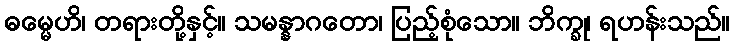
ဓမ္မေဟိ၊ တရားတို့နှင့်။ သမန္နာဂတော၊ ပြည့်စုံသော။ ဘိက္ခု၊ ရဟန်းသည်။